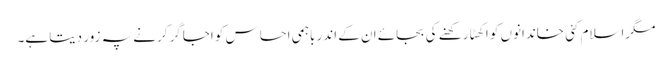
مگراسلام کئی خاندانوں کو اکھٹا رکھنے کی بجائے ان کے اندر باہمی احساس کو اجاگر کرنے پہ زور دیتا ہے۔